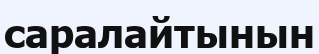
саралайтынын